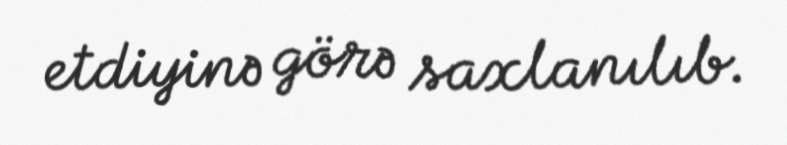
etdiyinə görə saxlanılıb.